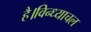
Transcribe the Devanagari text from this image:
है।विन्ध्याचल